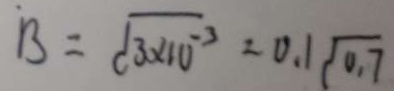
B = \sqrt { 3 _ { \cdot } \times 1 0 ^ { - 3 } } = 0 \cdot 1 \sqrt { 0 \cdot 7 }